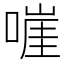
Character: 嘊